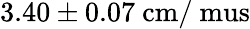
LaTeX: \mathrm{3.40\pm 0.07~cm/\ mus}